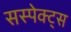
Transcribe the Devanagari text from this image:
सस्पेक्ट्स